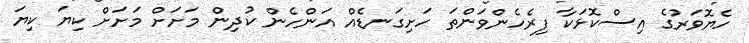
ހެޔޮވަރުގެ އިސްކޮޅަކާ ފިރެހެންވަންތަ ހަށިގަނޑެއް އަންހެން ކުދިން މަށަށް މަށަށް ކިޔަ ކިޔަ